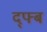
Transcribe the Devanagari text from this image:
द्फ्ब